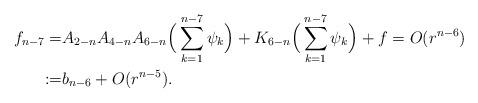
LaTeX: \begin{align*}f_{n-7}=&A_{2-n}A_{4-n}A_{6-n}\Big(\sum_{k=1}^{n-7}\psi_k\Big)+K_{6-n}\Big(\sum_{k=1}^{n-7}\psi_k\Big)+f=O(r^{n-6})\\:=&b_{n-6}+O(r^{n-5}).\end{align*}